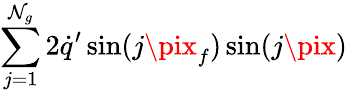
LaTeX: \sum_{j=1}^{\mathcal{N}_{g}}2\dot{{q}}^{\prime}\sin(j\pix_{f})\sin(j\pix)